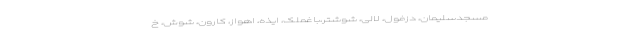
مسجدسلیمان، دزفول، لالی، شوشتر،باغملک، ایذه، اهواز، کارون، شوش، خ